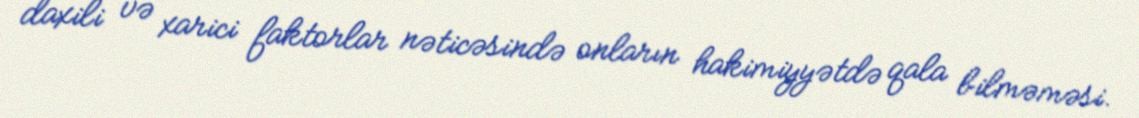
daxili və xarici faktorlar nəticəsində onların hakimiyyətdə qala bilməməsi.